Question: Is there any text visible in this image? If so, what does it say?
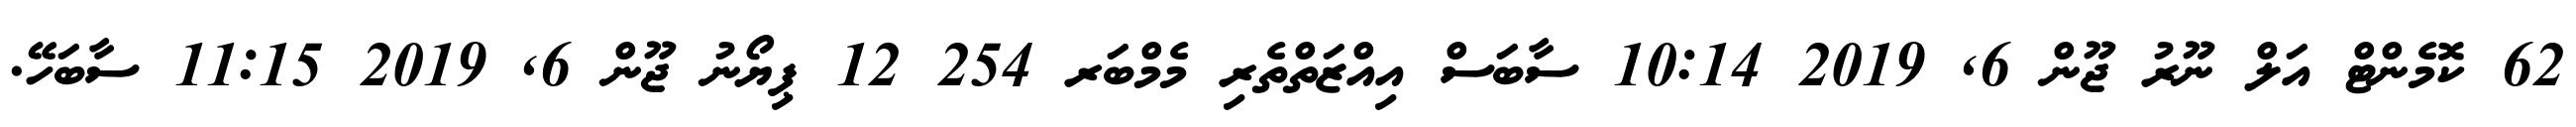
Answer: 62 ކޮމެންޓް އަލް ނޫރު ޖޫން 6, 2019 10:14 ސާބަސް އިއްޒަތްތެރި މެމްބަރ 254 12 ޕިޔޯނު ޖޫން 6, 2019 11:15 ސާބަހޭ.